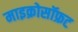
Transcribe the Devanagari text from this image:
माइक्रोसॉफ्रट